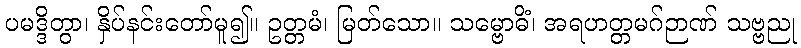
ပမဒ္ဒိတွာ၊ နှိပ်နင်းတော်မူ၍။ ဥတ္တမံ၊ မြတ်သော။ သမ္ဗောဓိံ၊ အရဟတ္တမဂ်ဉာဏ် သဗ္ဗညု